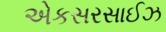
એકસરસાઈઝ